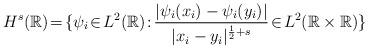
LaTeX: \begin{align*}H^s(\mathbb{R})\!=\!\{\psi_i \! \in \! L^2(\mathbb{R})\! : \! \frac{|\psi_i(x_i)-\psi_i(y_i)|}{|x_i-y_i|^{\frac{1}{2}+s}} \! \in \! L^2(\mathbb{R}\times \mathbb{R})\}\end{align*}